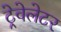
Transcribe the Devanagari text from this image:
ट्रेवेलेटर